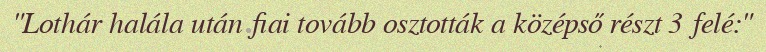
"Lothár halála után fiai tovább osztották a középső részt 3 felé:"